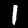
Label: 1